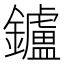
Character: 鑪